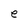
Character: e